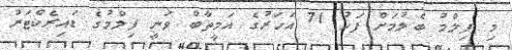
މި ފިލްމު ބެލުމަށް ފަހު 71 އަހަރުގެ އަމީތާބް ވަނީ ފިލްމުގެ ޑައިރެކްޓަރު